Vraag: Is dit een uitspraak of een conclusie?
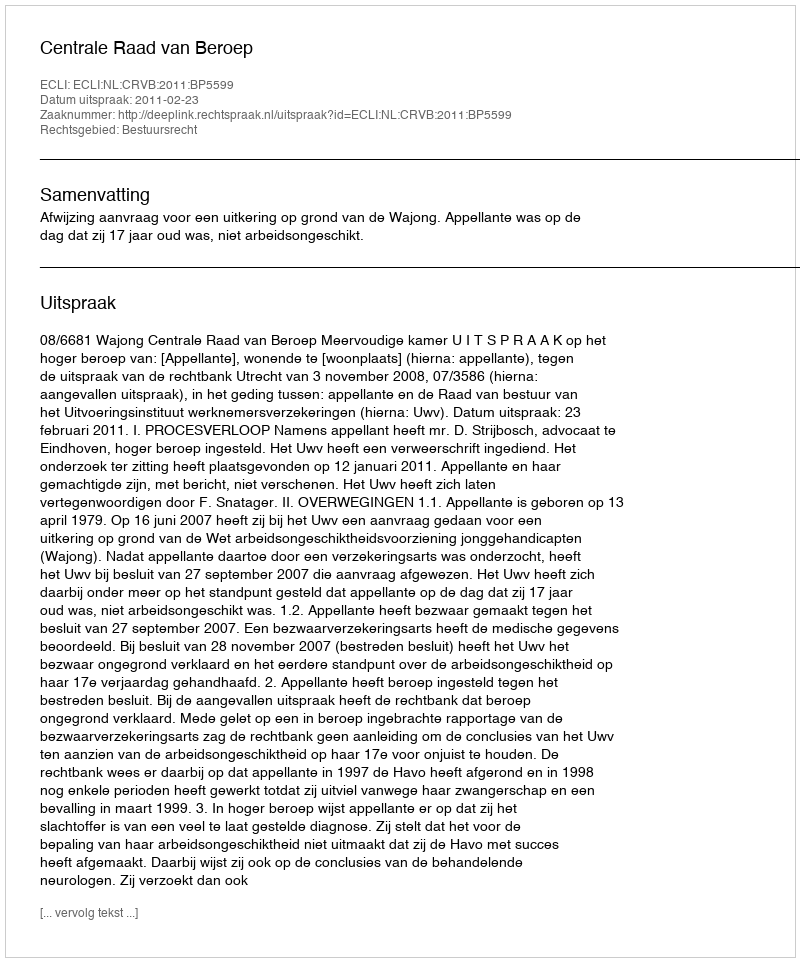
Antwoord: Uitspraak